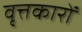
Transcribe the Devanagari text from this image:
वृत्तकारों